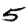
Digit: 5